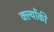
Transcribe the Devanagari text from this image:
क्ल्योंकी